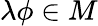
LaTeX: \lambda\phi\in M